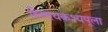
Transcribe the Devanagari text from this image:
हिरण्यकश्यपूला